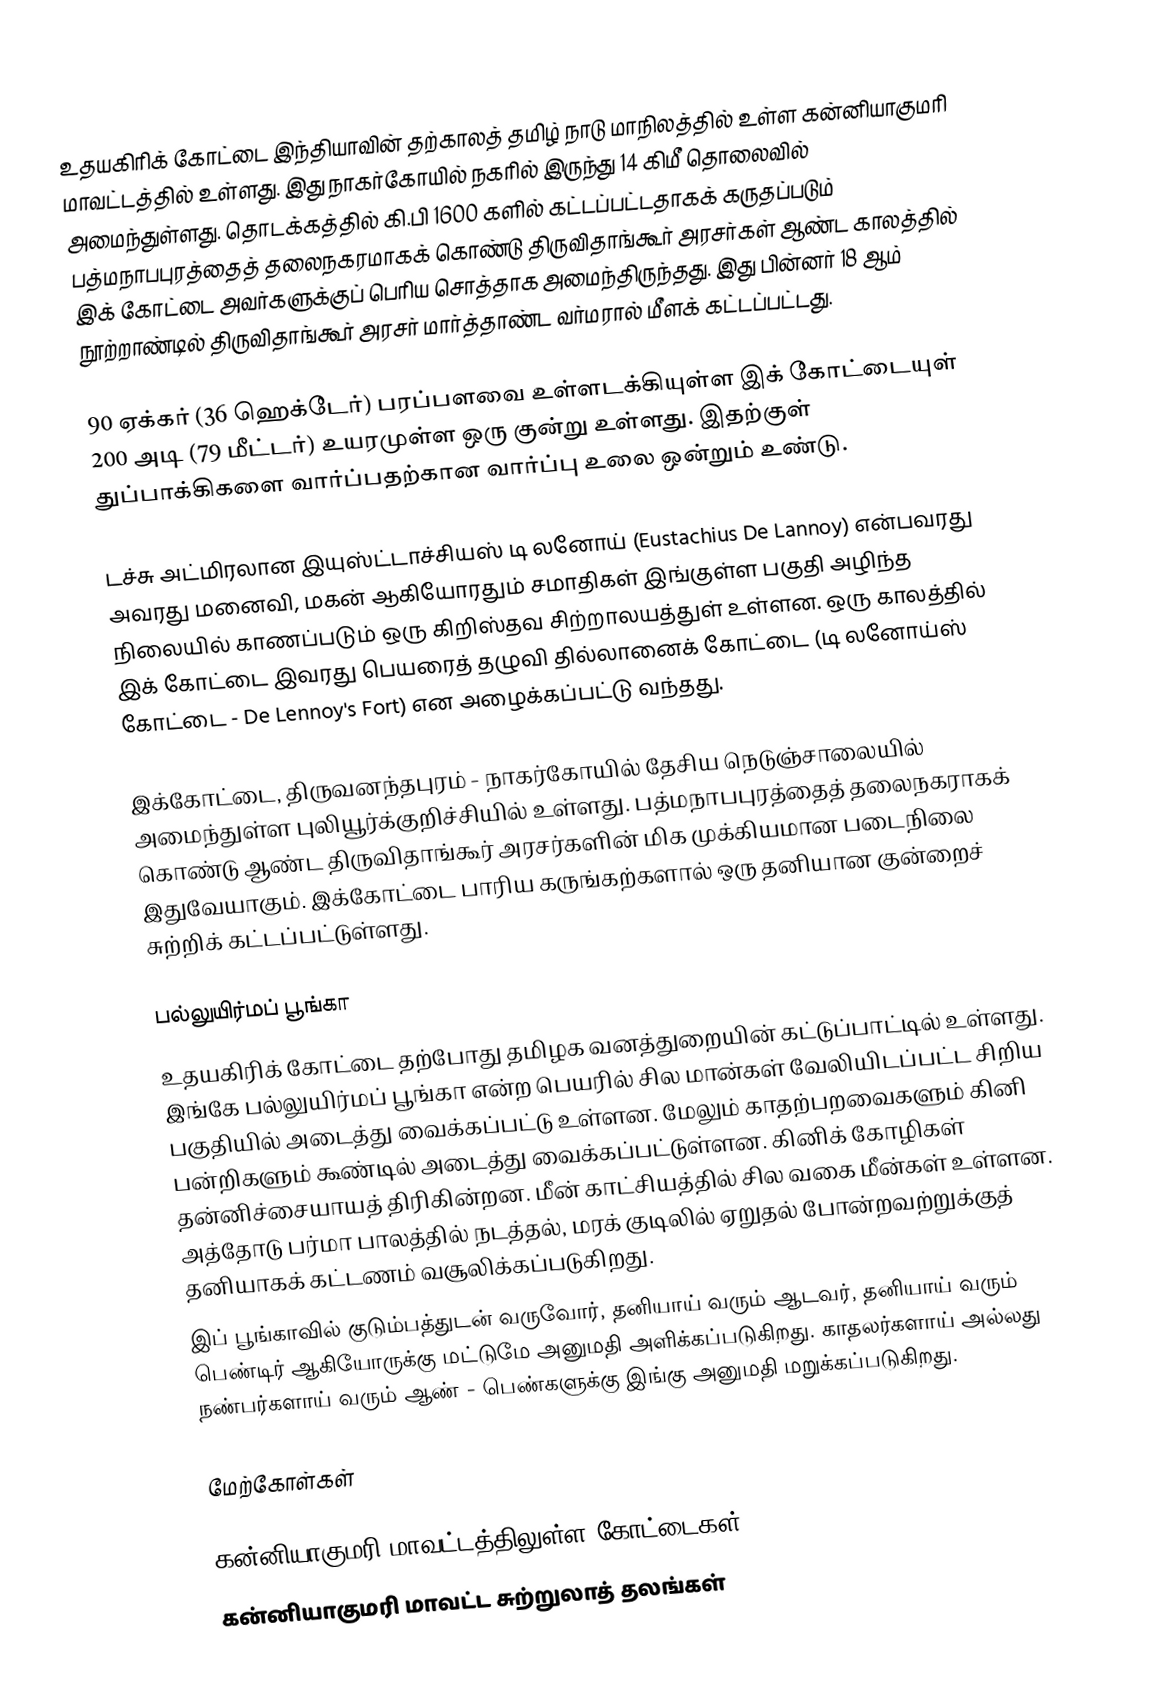
உதயகிரிக் கோட்டை இந்தியாவின் தற்காலத் தமிழ் நாடு மாநிலத்தில் உள்ள கன்னியாகுமரி மாவட்டத்தில் உள்ளது. இது நாகர்கோயில் நகரில் இருந்து 14 கிமீ தொலைவில் அமைந்துள்ளது. தொடக்கத்தில் கி.பி 1600 களில் கட்டப்பட்டதாகக் கருதப்படும் பத்மநாபபுரத்தைத் தலைநகரமாகக் கொண்டு திருவிதாங்கூர் அரசர்கள் ஆண்ட காலத்தில் இக் கோட்டை அவர்களுக்குப் பெரிய சொத்தாக அமைந்திருந்தது. இது பின்னர் 18 ஆம் நூற்றாண்டில் திருவிதாங்கூர் அரசர் மார்த்தாண்ட வர்மரால் மீளக் கட்டப்பட்டது.

90 ஏக்கர் (36 ஹெக்டேர்) பரப்பளவை உள்ளடக்கியுள்ள இக் கோட்டையுள் 200 அடி (79 மீட்டர்) உயரமுள்ள ஒரு குன்று உள்ளது. இதற்குள் துப்பாக்கிகளை வார்ப்பதற்கான வார்ப்பு உலை ஒன்றும் உண்டு.

டச்சு அட்மிரலான இயுஸ்ட்டாச்சியஸ் டி லனோய் (Eustachius De Lannoy) என்பவரது அவரது மனைவி, மகன் ஆகியோரதும் சமாதிகள் இங்குள்ள பகுதி அழிந்த நிலையில் காணப்படும் ஒரு கிறிஸ்தவ சிற்றாலயத்துள் உள்ளன. ஒரு காலத்தில் இக் கோட்டை இவரது பெயரைத் தழுவி தில்லானைக் கோட்டை (டி லனோய்ஸ் கோட்டை - De Lennoy's Fort) என அழைக்கப்பட்டு வந்தது.

இக்கோட்டை, திருவனந்தபுரம் - நாகர்கோயில் தேசிய நெடுஞ்சாலையில் அமைந்துள்ள புலியூர்க்குறிச்சியில் உள்ளது. பத்மநாபபுரத்தைத் தலைநகராகக் கொண்டு ஆண்ட திருவிதாங்கூர் அரசர்களின் மிக முக்கியமான படைநிலை இதுவேயாகும். இக்கோட்டை பாரிய கருங்கற்களால் ஒரு தனியான குன்றைச் சுற்றிக் கட்டப்பட்டுள்ளது.

பல்லுயிர்மப் பூங்கா
உதயகிரிக் கோட்டை தற்போது தமிழக வனத்துறையின் கட்டுப்பாட்டில் உள்ளது. இங்கே பல்லுயிர்மப் பூங்கா என்ற பெயரில் சில மான்கள் வேலியிடப்பட்ட சிறிய பகுதியில் அடைத்து வைக்கப்பட்டு உள்ளன. மேலும் காதற்பறவைகளும் கினி பன்றிகளும் கூண்டில் அடைத்து வைக்கப்பட்டுள்ளன. கினிக் கோழிகள் தன்னிச்சையாயத் திரிகின்றன. மீன் காட்சியத்தில் சில வகை மீன்கள் உள்ளன. அத்தோடு பர்மா பாலத்தில் நடத்தல், மரக் குடிலில் ஏறுதல் போன்றவற்றுக்குத் தனியாகக் கட்டணம் வசூலிக்கப்படுகிறது.
இப் பூங்காவில் குடும்பத்துடன் வருவோர், தனியாய் வரும் ஆடவர், தனியாய் வரும் பெண்டிர் ஆகியோருக்கு மட்டுமே அனுமதி அளிக்கப்படுகிறது. காதலர்களாய் அல்லது நண்பர்களாய் வரும் ஆண் - பெண்களுக்கு இங்கு அனுமதி மறுக்கப்படுகிறது.

மேற்கோள்கள்

கன்னியாகுமரி மாவட்டத்திலுள்ள கோட்டைகள்
கன்னியாகுமரி மாவட்ட சுற்றுலாத் தலங்கள்